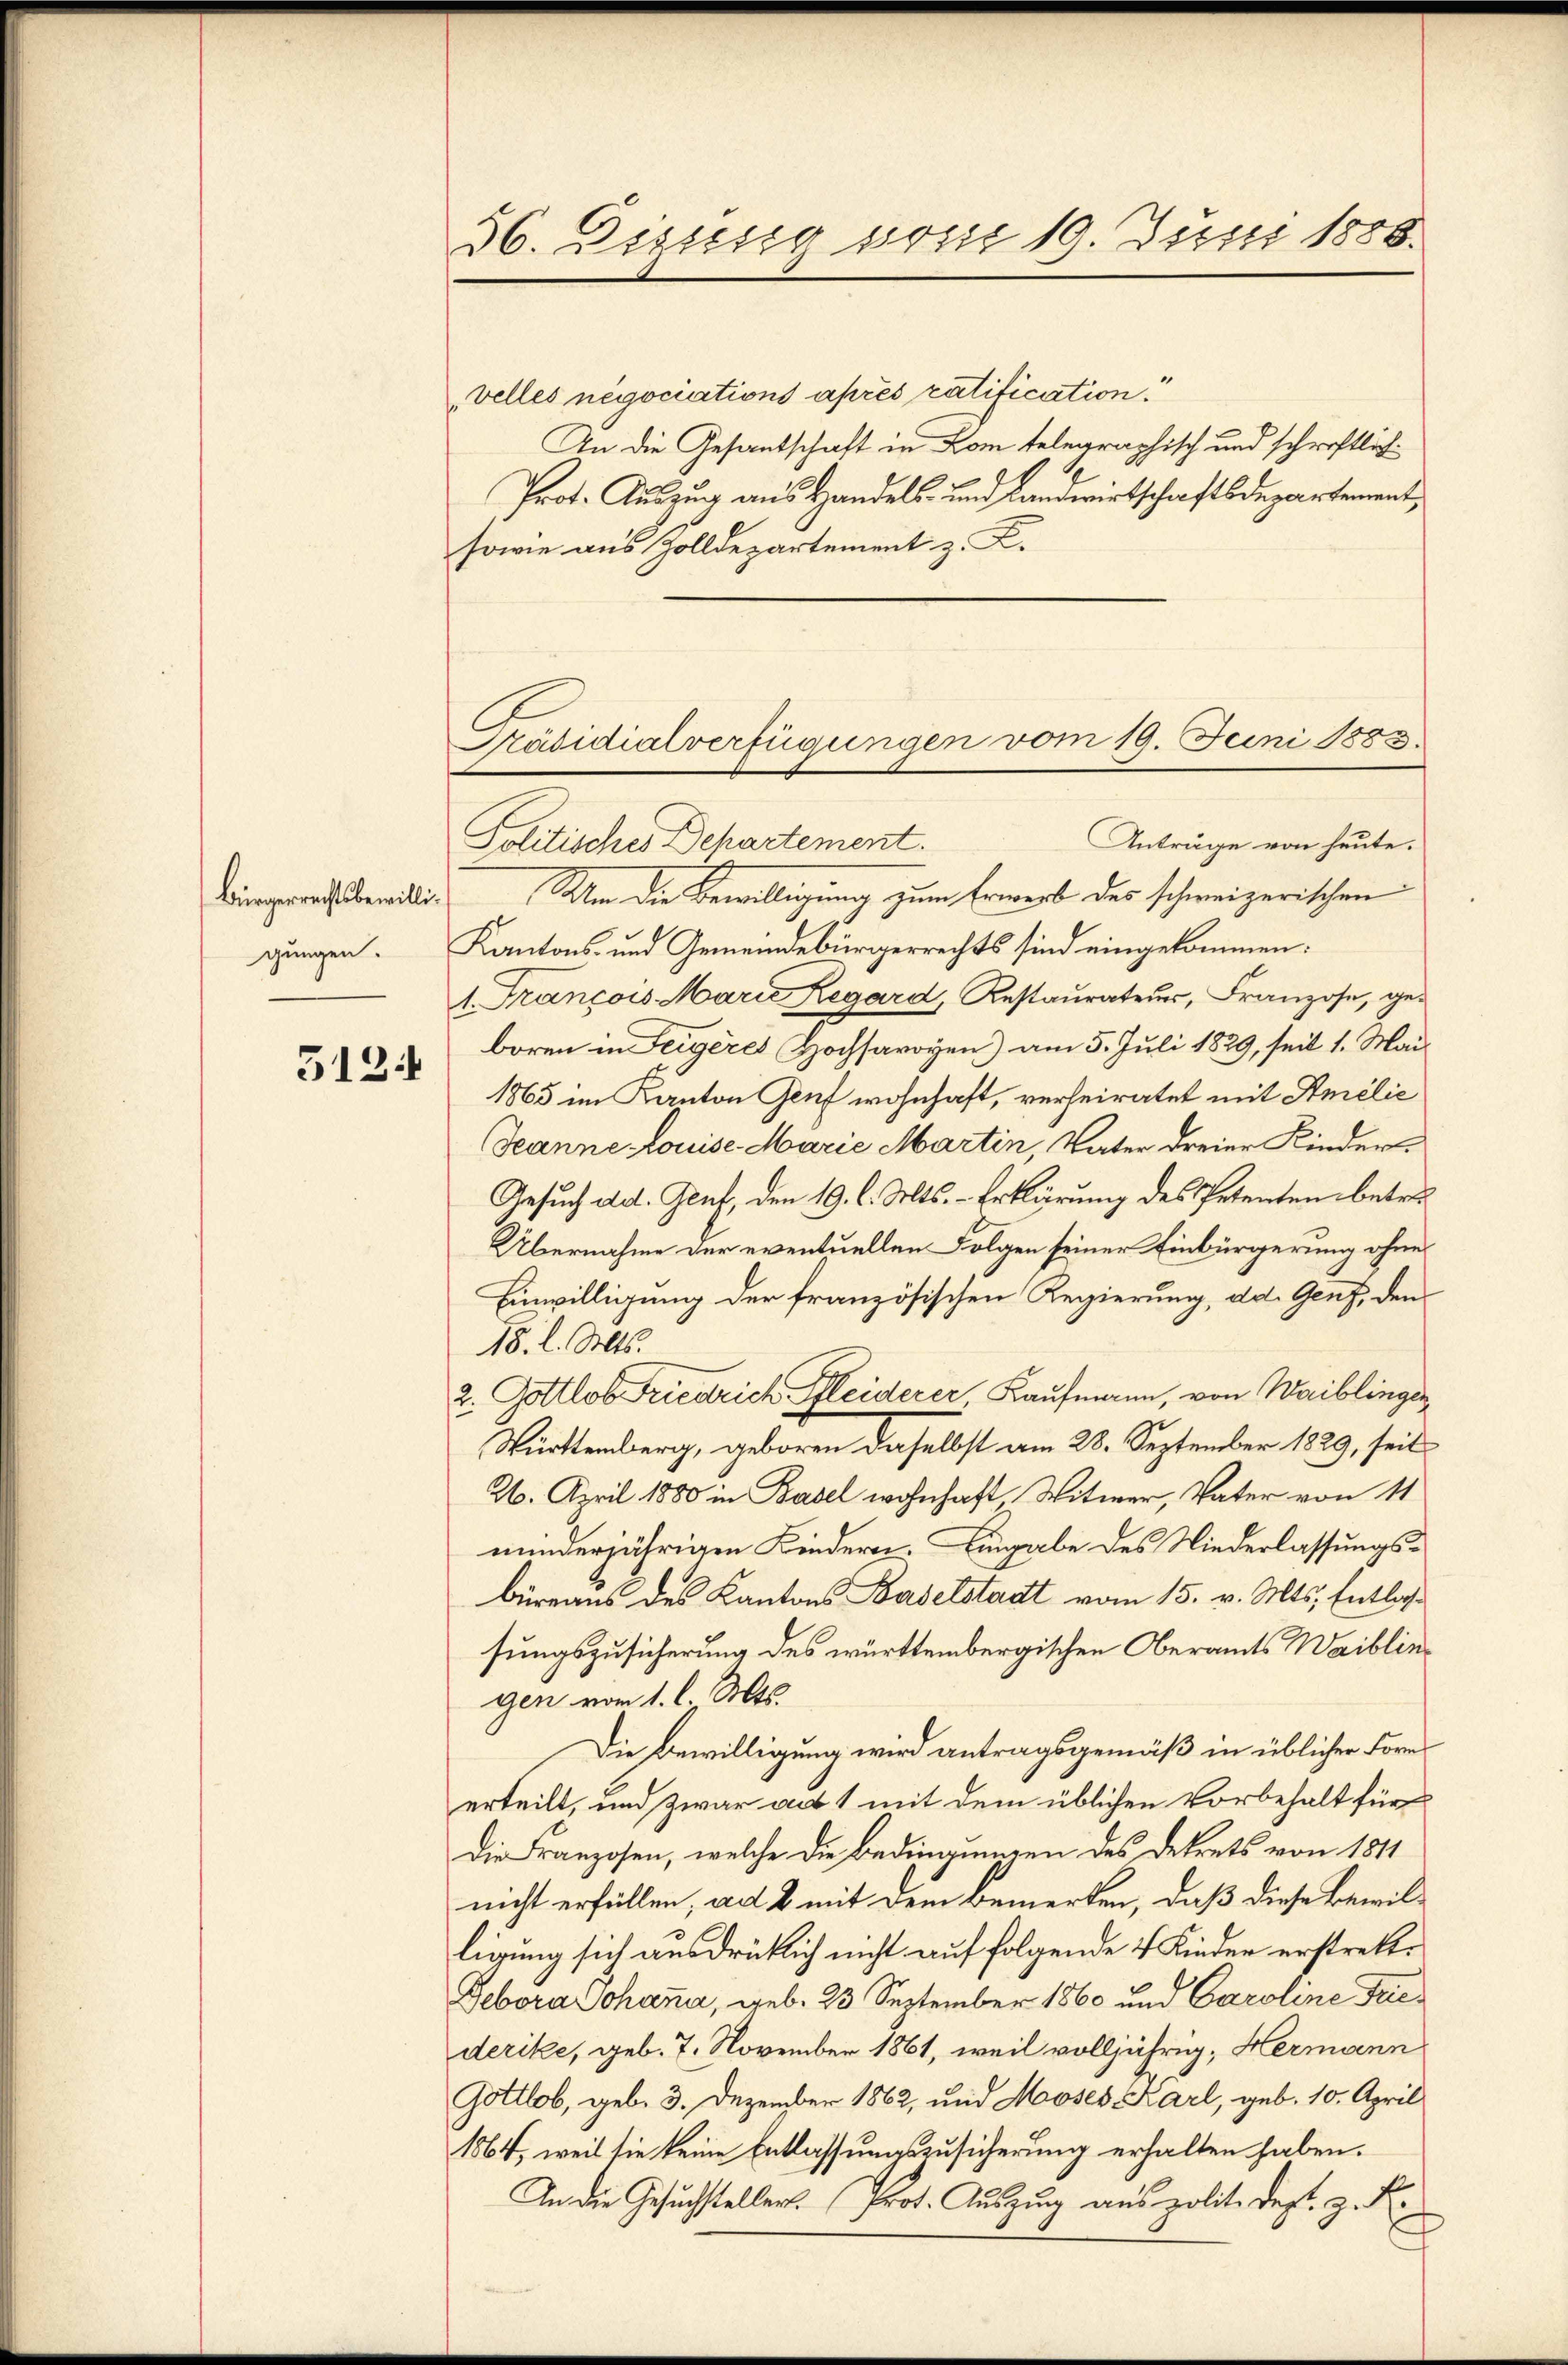
Bürgerrechtsbewilligungen.

3124

„Velles negociations après ratification.
An die Gesandschaft in Rom telegraphisch und schriftlich¬
Prot. Auszug aus Handels- und Landwirtschaftsdepartement,
sowie aus Zolldepartement z. K.

36. Disses vom 19. Juni 1888.

Präsidialverfügungen vom 19. Juni 1883.

Anträge von heute.
Politisches Departement.
Um die Bewilligung zum Erwerb des schweizerischen
Kantons- und Gemeindebürgerrechts sind eingekommen:
1. François Marie Regard, Restaŭraters, Franzose, geboren in Teigères Hochsavoyen) am 5. Juli 1829, seit 1. Mai
1865 im Kanton Genf wohnhaft, verheiratet mit Smelić
Jeanne Louise Marie Martin, Vater dreier Kinder¬
Gesuch ad. Genf, den 19. d. Mts. – Erklärung des Petenten betre
Übernahme der eventuellen Folgen seiner Einbürgerung ohne
Einwilligung der französischen Regierung, ad. Genf, den
18. l. Mts.
2. Gottlob Friedrich Kleiderer Kaufmann, von Waiblinger
Württemberg, geboren daselbst am 28. September 1829, seit
26. April 1880 in Basel wohnhaft Witwer, Vater von 11
minderjährigen Kindern. Eingabe des Niederlassungsbüreaus des Kantons Baselstadt vom 15. v. Mts. Entlassungszusicherung des württembergischen Oberamts Waiblingen vom 1. l. Mts.
Die Bewilligung wird antragsgemäß in üblicher Fores
erteilt, und zwar aus 1 mit dem üblichen Vorbehalt für
Die Franzosen, welche die Bedingungen des Dekrets von 1811
nicht erfüllen, ad 2 mit dem bemerken, daß diese Bewilligung sich ausdrücklich nicht auf folgende 4 Kinder erstrekt.
Febora Johanna, geb. 23 September 1860 und Caroline Friederike, geb. 7. November 1861, weil volljährig, Hermann
Gottlob, geb. 3. Dezember 1862, und Moses Karl, geb. 10. April
1864, weil sie keine Entlassungszusicherung erhalten haben.
In die Gesuchsteller. Prot. Auszug aus polite dest. z. B.